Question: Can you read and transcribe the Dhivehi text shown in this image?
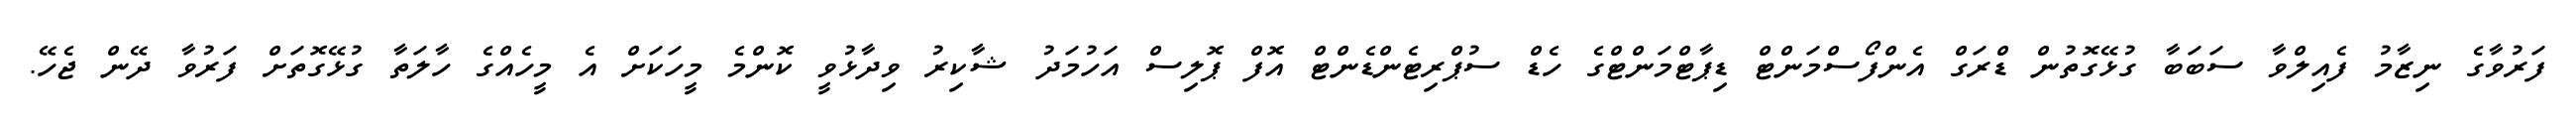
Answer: ފަރުވާގެ ނިޒާމު ފެއިލްވާ ސަބަބާ ގުޅޭގޮތުން ޑްރަގް އެންފޯސްމަންޓް ޑިޕާޓްމަންޓްގެ ހެޑް ސުޕްރިޓެންޑެންޓް އޮފް ޕޮލިސް އަހުމަދު ޝާކިރު ވިދާޅުވީ ކޮންމެ މީހަކަށް އެ މީހެއްގެ ހާލަތާ ގުޅޭގޮތަށް ފަރުވާ ދޭން ޖެހޭ.